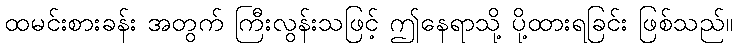
ထမင်းစားခန်း အတွက် ကြီးလွန်းသဖြင့် ဤနေရာသို့ ပို့ထားရခြင်း ဖြစ်သည်။